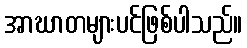
အာဃာတများပင်ဖြစ်ပါသည်။